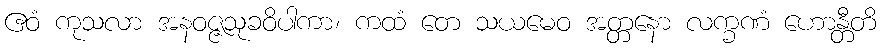
ဧဝံ ကုသလာ အနဝဇ္ဇသုခဝိပါကာ၊ ကထံ တေ သယမေဝ အတ္တနော လက္ခဏံ ဟောန္တီတိ